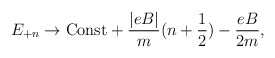
\begin{align*}E_{+n} \rightarrow {{\rm Const}} + \frac{|eB|}{m} (n+{1 \over 2}) -\frac{eB}{2m},\end{align*}